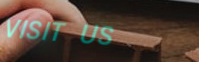
VISIT US